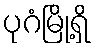
ပုဂံမြို့ရှိ